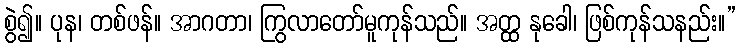
စွဲ၍။ ပုန၊ တစ်ဖန်။ အာဂတာ၊ ကြွလာတော်မူကုန်သည်။ အတ္ထ နုခေါ၊ ဖြစ်ကုန်သနည်း။”